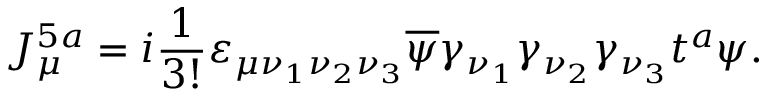
J _ { \mu } ^ { 5 a } = i \frac { 1 } { 3 ! } \varepsilon _ { \mu \nu _ { 1 } \nu _ { 2 } \nu _ { 3 } } \overline { { \psi } } \gamma _ { \nu _ { 1 } } \gamma _ { \nu _ { 2 } } \gamma _ { \nu _ { 3 } } t ^ { a } \psi .